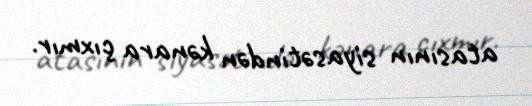
atasının siyasətindən kənara çıxmır.